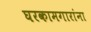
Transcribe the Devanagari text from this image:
घरकामगारांना